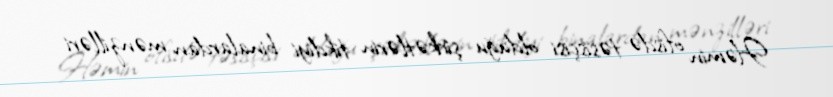
Həmin ofisdə təsisçisi olduğu şirkətlərin tikdiyi binalardan mənzilləri